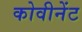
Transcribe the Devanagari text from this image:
कोवीनेंट